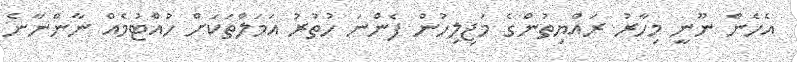
އެހެން ނޫނީ މިހާރު ރައްޔިތުންގެ މަޖިލިހުން ފެންނަ ހުތުރު އަމަލްތަކަށް ހުއްޓުމެއް ނާންނާނެ